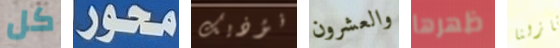
كل محور نؤذيك والعشرون ظهرها منازلنا